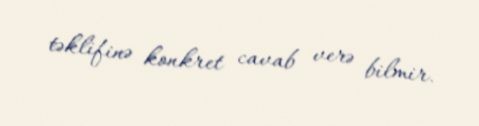
təklifinə konkret cavab verə bilmir.